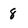
Character: 8